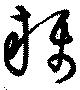
欇